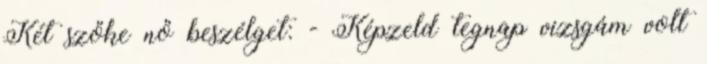
Két szőke nő beszélget: - Képzeld tegnap vizsgám volt